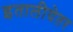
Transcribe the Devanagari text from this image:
इतालीयेतर